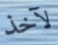
لآخذ